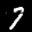
Label: 7